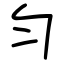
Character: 匀